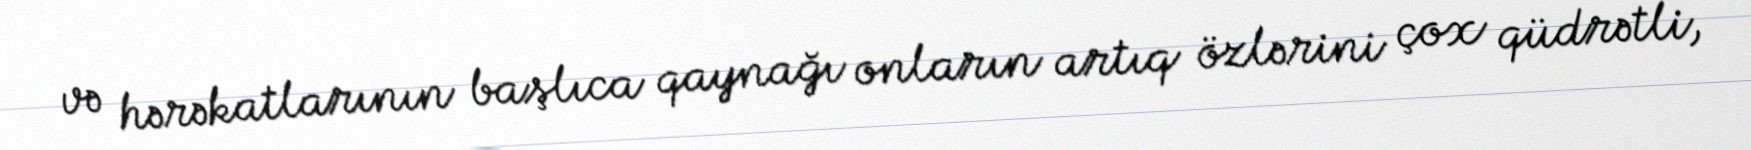
və hərəkatlarının başlıca qaynağı onların artıq özlərini çox qüdrətli,